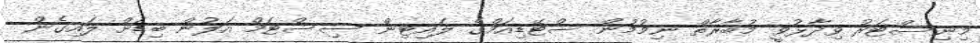
މިނިސްޓަރު ވިދާޅުވީ މުބާރާތް ނިމުމުން ސްޓޭޑިއަމްގެ ލައިޓިން ސިސްޓަމް އަލުން ބިޑަށް ލައިގެން